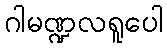
ဂါမဏ္ဍလရူပေါ